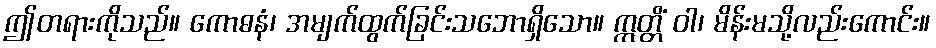
ဤတရားကိုသည်။ ကောဓနံ၊ အမျက်ထွက်ခြင်းသဘောရှိသော။ ဣတ္တိံ ဝါ၊ မိန်းမသို့လည်းကောင်း။